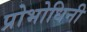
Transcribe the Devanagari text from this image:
प्रोभोधिनी